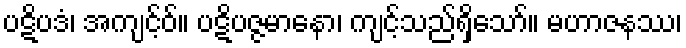
ပဋိပဒံ၊ အကျင့်ဝ်။ ပဋိပဇ္ဇမာနော၊ ကျင့်သည်ရှိသော်။ မဟာဇနဿ၊